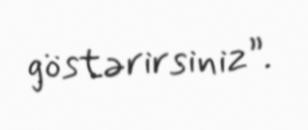
göstərirsiniz”.